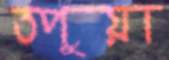
তপুয়া